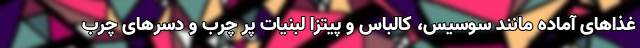
غذاهای آماده مانند سوسیس، کالباس و پیتزا لبنیات پر چرب و دسرهای چرب